Annual returns of the Patna Lunatic Asylum at Bankipore in Bihar and Orissa - 1912-1924
Year: 1912
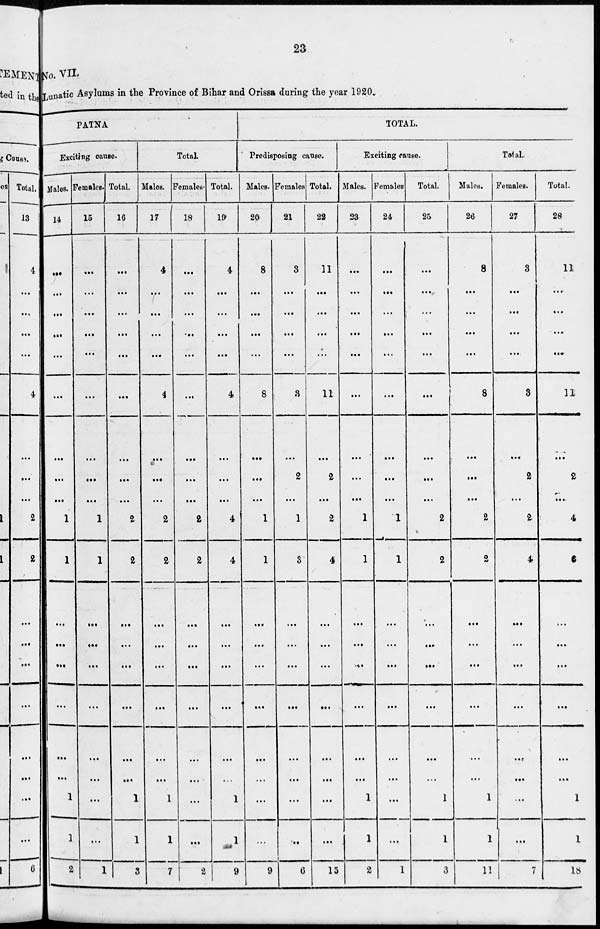
23
No. VII.
Lunatic Asylums in the Province of Bihar and Orissa during the year 1920.
PATNA
Exciting cause.
Males.
14
...
...
...
...
...
...
...
...
...
1
1
...
...
...
...
...
...
1
1
2
Females.
15
...
...
...
...
...
...
...
...
...
1
1
...
...
...
...
...
...
...
...
1
Total.
16
...
...
...
...
...
...
...
...
...
2
2
...
...
...
...
...
...
1
1
3
Total.
Males.
17
4
...
...
...
...
4
...
...
...
2
2
...
...
...
...
...
...
1
1
7
Females.
18
...
...
...
...
...
...
...
...
...
2
2
...
...
...
...
...
...
...
...
2
Total.
19
4
...
...
...
...
4
...
...
...
4
4
...
...
...
...
...
...
1
1
9
TOTAL.
Predisposing cause.
Males.
20
8
...
...
...
...
8
...
...
...
1
1
...
...
...
...
...
...
...
...
9
Females
21
3
...
...
...
...
3
...
2
...
1
3
...
...
...
...
...
...
...
...
6
Total.
22
11
...
...
...
...
11
...
2
...
2
4
...
...
...
...
...
...
...
...
15
Exciting cause.
Males.
23
...
...
...
...
...
...
...
...
...
1
1
...
...
...
...
...
...
1
1
2
Females
24
...
...
...
...
...
...
...
...
...
1
1
...
...
...
...
...
...
...
...
1
Total.
25
...
...
...
...
...
...
...
...
...
2
2
...
...
...
...
...
...
1
1
3
Tolal.
Males.
26
8
...
...
...
...
8
...
...
...
2
2
...
...
...
...
...
...
1
1
11
Females.
27
3
...
...
...
...
3
...
2
...
2
4
...
...
...
...
...
...
...
...
7
Total.
28
11
...
...
...
...
11
...
2
...
4
6
...
...
...
...
...
...
1
1
18